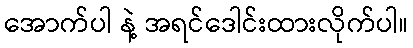
အောက်ပါ နဲ့ အရင်ဒေါင်းထားလိုက်ပါ။